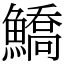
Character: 鱎